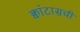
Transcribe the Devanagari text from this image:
क्वांटासची